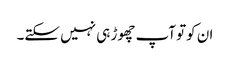
ان کوتو آپ چھوڑ ہی نہیں سکتے۔